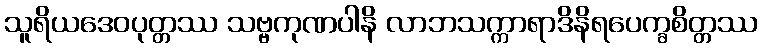
သူရိယဒေဝပုတ္တဿ သဗ္ဗကုဏပါနိ လာဘသက္ကာရာဒိနိရပေက္ခစိတ္တဿ